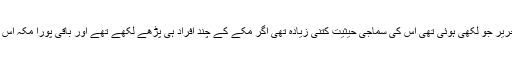
اس معاہدے بلکہ پورے واقعے کا سماجی تجزیہ کریں تو پتا چلتاکہ وہ تحریر جو لکھی ہوئی تھی اُس کی سماجی حیثیت کتنی زیادہ تھی اگر مکے کے چند افراد ہی پڑھے لکھے تھے اور باقی پورا مکہ اُس تحریر کو پڑھ بھی نہیں سکتا تو اُس کو اتنی اہمیت کیوں دی جارہی تھی۔